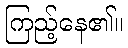
ကြည့်နေ၏။